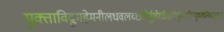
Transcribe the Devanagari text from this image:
मुक्ताविद्रुमहेमनीलधवलच्छायैर्मुखेस्त्रीक्षणैर्युक्तामिन्दुकलानिबद्धमुकुटां